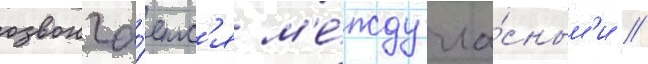
озвонча́етс'я м'е́жду гла́сным'и //